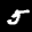
Label: 5